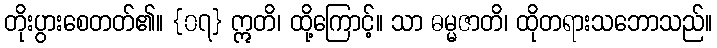
တိုးပွားစေတတ်၏။ {၀၇} ဣတိ၊ ထို့ကြောင့်။ သာ ဓမ္မဇာတိ၊ ထိုတရားသဘောသည်။